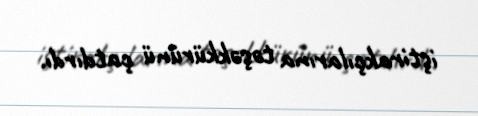
iştirakçılarına təşəkkürünü çatdırdı.